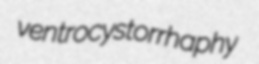
ventrocystorrhaphy